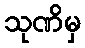
သုဏိမှ